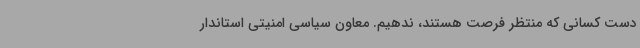
دست کسانی که منتظر فرصت هستند، ندهیم. معاون سیاسی امنیتی استاندار